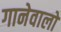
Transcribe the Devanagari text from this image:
गानेवालों